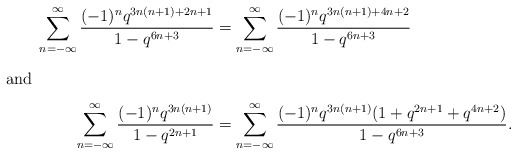
\begin{align*}\sum_{n=-\infty}^\infty \frac{(-1)^nq^{3n(n+1)+2n+1}}{1-q^{6n+3}}&=\sum_{n=-\infty}^\infty \frac{(-1)^nq^{3n(n+1)+4n+2}}{1-q^{6n+3}}\intertext{and}\sum_{n=-\infty}^\infty \frac{(-1)^nq^{3n(n+1)}}{1-q^{2n+1}}&=\sum_{n=-\infty}^\infty \frac{(-1)^nq^{3n(n+1)}(1+q^{2n+1}+q^{4n+2})}{1-q^{6n+3}}.\end{align*}